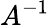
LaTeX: A^{-1}